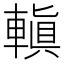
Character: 䡩